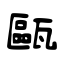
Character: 甌